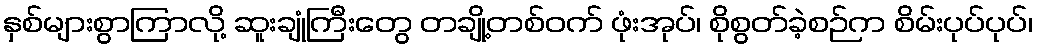
နှစ်များစွာကြာလို့ ဆူးချုံကြီးတွေ တချို့တစ်ဝက် ဖုံးအုပ်၊ စိုစွတ်ခဲ့စဉ်က စိမ်းပုပ်ပုပ်၊